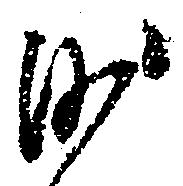
沙